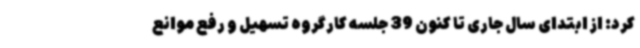
کرد: از ابتدای سال جاری تا کنون 39 جلسه کارگروه تسهیل و رفع موانع